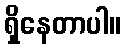
ရှိနေတာပါ။